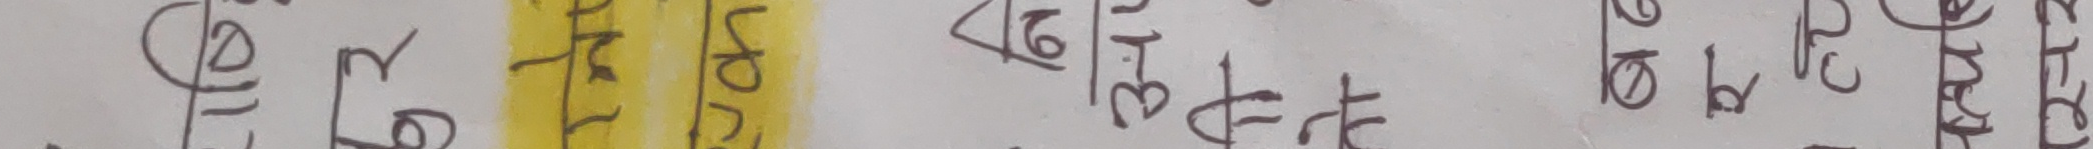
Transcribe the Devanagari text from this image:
१९२/०९/११ ३.१२
६३/०९/२१